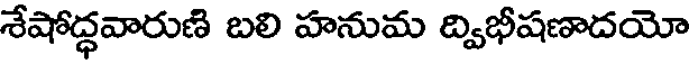
శేషోద్ధవారుణి బలి హనుమ ద్విభీషణాదయో